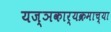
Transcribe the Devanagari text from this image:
यज्ञकार्यक्रमाच्या